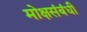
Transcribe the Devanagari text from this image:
मोक्षसंबंधी